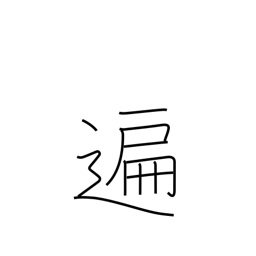
Meaning: generally